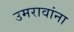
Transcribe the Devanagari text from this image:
उमरावांना